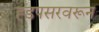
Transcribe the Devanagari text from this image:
ह्डपसरवरून